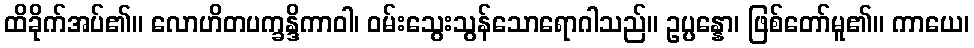
ထိခိုက်အပ်၏။ လောဟိတပက္ခန္ဒိကာဝါ၊ ဝမ်းသွေးသွန်သောရောဂါသည်။ ဥပ္ပန္နော၊ ဖြစ်တော်မူ၏။ ကာယေ၊